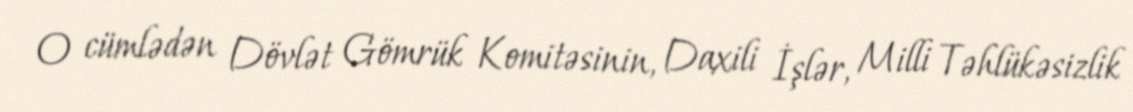
O cümlədən Dövlət Gömrük Komitəsinin, Daxili İşlər, Milli Təhlükəsizlik